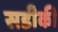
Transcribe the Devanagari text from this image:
सडीकी